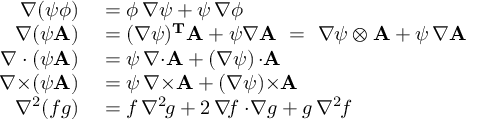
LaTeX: \begin{array} { r l } { \nabla ( \psi \phi ) } & { { } = \phi \, \nabla \psi + \psi \, \nabla \phi } \\ { \nabla ( \psi \mathbf { A } ) } & { { } = ( \nabla \psi ) ^ { \mathbf { T } } \mathbf { A } + \psi \nabla \mathbf { A } \ = \ \nabla \psi \otimes \mathbf { A } + \psi \, \nabla \mathbf { A } } \\ { \nabla \cdot ( \psi \mathbf { A } ) } & { { } = \psi \, \nabla { \cdot } \mathbf { A } + ( \nabla \psi ) \, { \cdot } \mathbf { A } } \\ { \nabla { \times } ( \psi \mathbf { A } ) } & { { } = \psi \, \nabla { \times } \mathbf { A } + ( \nabla \psi ) { \times } \mathbf { A } } \\ { \nabla ^ { 2 } ( f g ) } & { { } = f \, \nabla ^ { 2 \! } g + 2 \, \nabla \! f \cdot \! \nabla g + g \, \nabla ^ { 2 \! } f } \end{array}